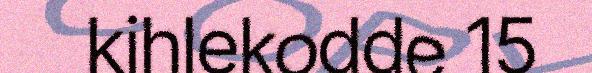
kihlekodde 15